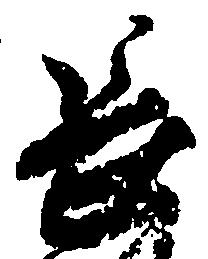
長